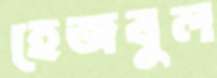
হেজবুল